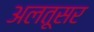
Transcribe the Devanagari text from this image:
अलतूसर